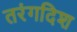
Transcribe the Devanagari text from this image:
तरंगदिश